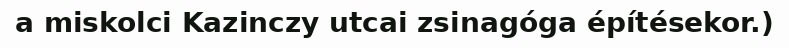
a miskolci Kazinczy utcai zsinagóga építésekor.)